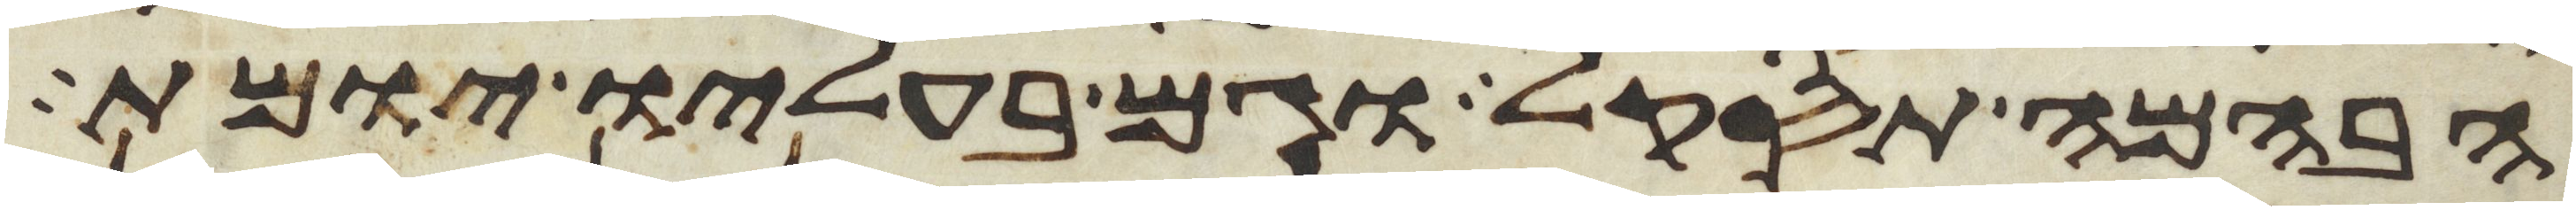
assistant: הבהמה תסקל וגם בעליו יומת